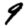
Digit: 9